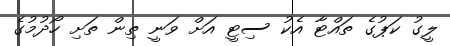
ލީގު ކަޕުގެ ތައްޓާ އެކު ސިޓީ އަށް ވަނީ ތިން ތަށި ހޯދުމުގެ